Annual report on the lock hospitals of the Madras Presidency
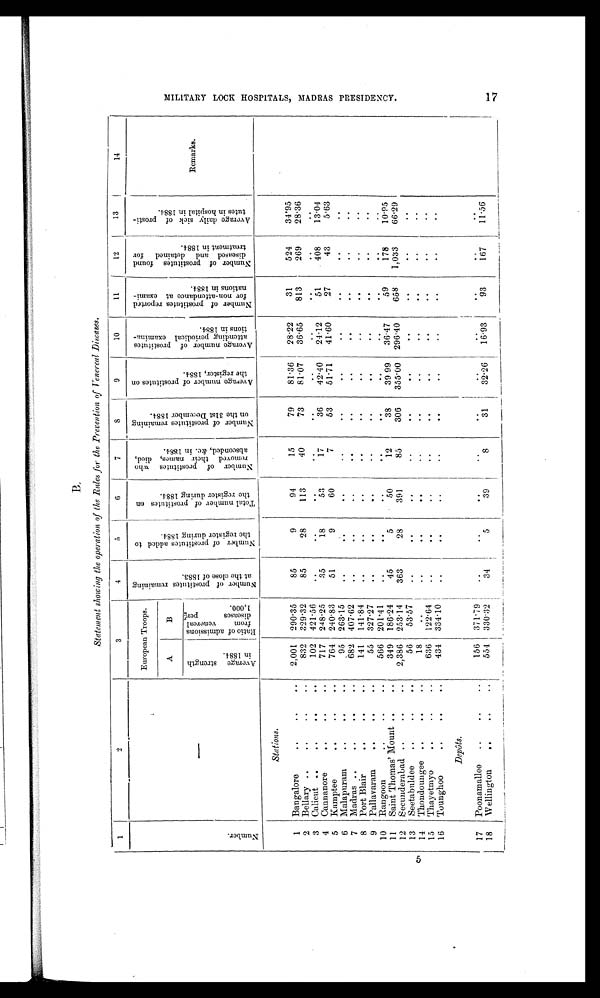
MILITARY LOCK HOSPITAL, MADRAS PRESIDENCY.
1 7
B.
Statement showing the operation of the Rules for the Prevention of Venereal Diseases.
1
2
3
4
5
6
7
8
9
10
11
12
13
14
N u m b e r .
—
European Troops.
N u m b e r o f p r o s t i t u t e s r e m a i n i n g
a t t h e c l o s e o f 1 8 8 3 .
N u m b e r o f p r o s t i t u t e s a d d e d t o
t h e r e g i s t e r d u r i n g 1 8 8 4 .
T o t a l n u m b e r o f p r o s t i t u t e s o n
t h e r e g i s t e r d u r i n g 1 8 8 4 .
N u m b e r o f p r o s t i t u t e s w h o
r e m o v e d t h e i r n a m e s , d i e d ,a
b s c o n d e d , & a m p ; c . i n 1 8 8 4 .
N u m b e r o f p r o s t i t u t e s r e m a i n i n g
o n t h e 3 1 s t D e c e m b e r 1 8 8 4 .
A v e r a g e n u m b e r o f p r o s t i t u t e s o n
t h e r e g i s t e r , 1 8 8 4 .
A v e r a g e n u m b e r o f p r o s t i t u t e s
a t t e n d i n g p e r i o d i c a l e x a m i n a - t i o n s i n 1 8 8 4 .
N u m b e r o f p r o s t i t u t e s r e p o r t e d
f o r n o n - a t t e n d a n c e a t e x a m i -n
a t i o n s i n 1 8 8 4 .
N u m b e r o f p r o s t i t u t e s f o u n d
d i s e a s e d a n d d e t a i n e d f o rt
r e a t m e n t i n 1 8 8 4 .
A v e r a g e d a i l y s i c k o f p r o s t i -
t u t e s i n h o s p i t a l i n 1 8 8 4
Remarks.
A
B
A v e r a g e s t r e n g t h
i n 1 8 8 4 .
R a t i o o f a d m i s s i o n s
f r o m v e n e r e a l
d i s e a s e s p e r
1 , 0 0 0 .
Stations.
1
Bangalore
..
..
..
2,001
290.35
85
9
94
15
79
81.36
28.22
31
524
34.95
2
Bellary ..
..
..
..
832
329.32
85
28
113
40
73
81.07
36.65
813
269
28.36
3
Calicut ..
..
..
..
102 421.56
. .
..
..
..
. .
..
..
..
..
..
4
Cannanore
.. .. ..
717
248.25
35
18
53
17
36
42.40
24.12
51
408
13.04
5
Kamptee
..
..
..
764 240.83
51
9
60
7
53
51.71
41.60
27
43
5.63
6
Malapuram
..
.. ..
95
263.15
..
. .
..
..
. .
. . ..
..
. . ..
7
Madras ..
..
..
..
682 407.62
..
. .
..
..
. .
..
..
..
. .
. .
8
Port Blair
.. .. ..
141
141.84
..
..
..
. .
. .
..
..
..
. . ..
9
Pallavaram
..
..
..
55
327.27
. .
..
. .
..
..
. . ..
..
. .
..
10
Rangoon
..
..
..
566 201.41
..
..
. .
..
..
..
. .
. .
. .
. .
10.95
59
178
11
Saint Thomas'Mount ..
..
349
186.24
45
5
50
12
38
39 99
36.47
658
1,033
66.29
355.00 296.40
12
Secunderabad
.. .. ..
2,386 253.14
363
28
391
85
306
13
Seetabuldee
..
..
..
56
53.57
..
..
..
..
..
. . ..
..
..
..
14
Thondoungee ..
..
..
18
. .
. .
..
. .
..
. .
..
..
..
..
..
15
Thayetmyo
.. .. ..
636
122.64
..
. .
..
..
..
..
..
..
..
. .
16
Tounghoo
..
..
..
434 334.10
..
. .
..
..
..
..
..
..
..
..
Depôts.
17
Poonamallee
..
..
..
156
371.79
..
..
. .
..
..
..
..
. .
. . ..
18
Wellington
..
..
..
554
330.32
34
5
39
8
31
32.26
16.93
93
167
11.56